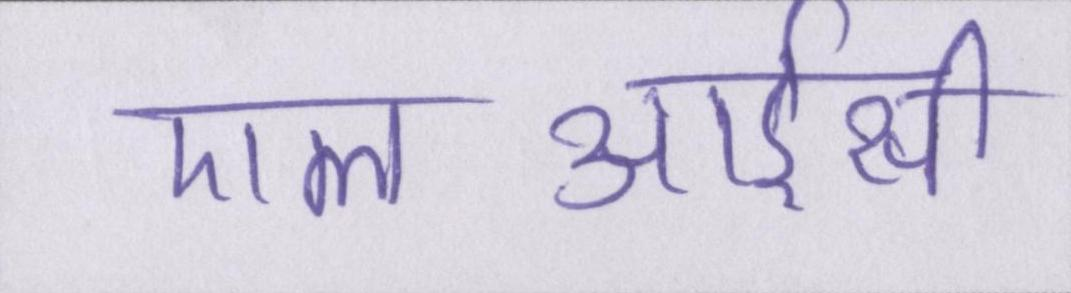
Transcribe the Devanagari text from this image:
एलआईसी